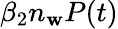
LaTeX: \beta_{2}n_{\mathbf{w}}P(t)